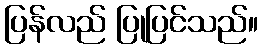
ပြန်လည် ပြုပြင်သည်။